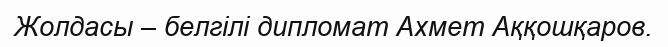
Жолдасы – белгілі дипломат Ахмет Аққошқаров.